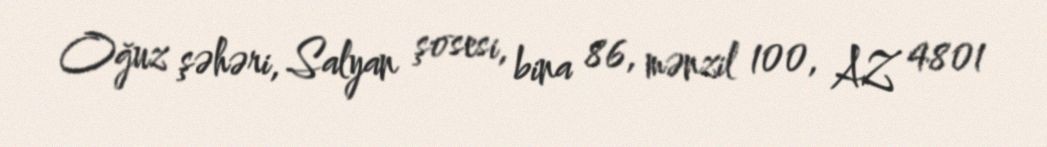
Oğuz şəhəri, Salyan şosesi, bina 86, mənzil 100, AZ 4801